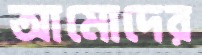
আমোদের